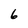
Character: 6